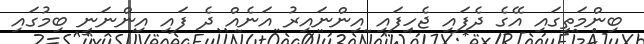
ބިންމަތީގައި އޭގެ ދެފައި ޖެހިފައި އިންނައިރު އަނެއް ދެ ފައި އިންނަނީ ބިމުގައި